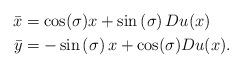
LaTeX: \begin{align*}\bar{x} & =\cos(\sigma)x+\sin\left( \sigma\right) Du(x)\\\bar{y} & =-\sin\left( \sigma\right) x+\cos(\sigma)Du(x).\end{align*}